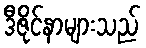
ဒီဇိုင်နာများသည်